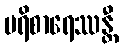
ပရိစာရေဿန္တီ